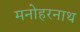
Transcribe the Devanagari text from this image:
मनोहरनाथ